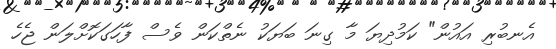
އެނބުރި އައުން" ކަމުދިޔަ މާ ގިނަ ބަޔަކު ނެތްކަން ވެސް ފާހަގަކޮށްލަން ޖެހެ